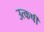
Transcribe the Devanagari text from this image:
उत्कर्षी